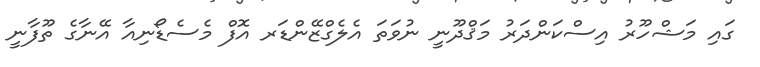
ގައި މަޝްހޫރު އިސްކަންދަރު މަޤްދޫނީ ނުވަތަ އެލެގްޒޭންޑަރ އޮފް މެސެޑޯނިއާ އޭނާގެ ތޫފާނީ